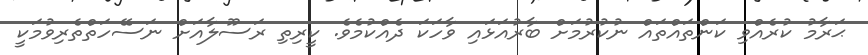
ޙަރާމު ކުރެއްވި ކަންތައްތައް ނުކުރުމަށް ބާރުއަޅައި ވާހަކަ ދެއްކުމެވެ. ކީރިތި ރަސޫލާއަށް ނަސޭހަތްތެރިވުމަކީ